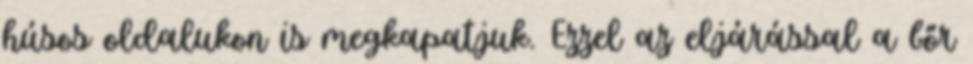
húsos oldalukon is megkapatjuk. Ezzel az eljárással a bőr